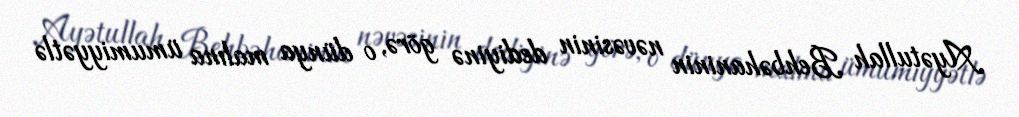
Ayətullah Behbəhaninin nəvəsinin dediyinə görə, o dünya malına ümumiyyətlə